Regulations for the medical services of the Army of India
Year: 1930
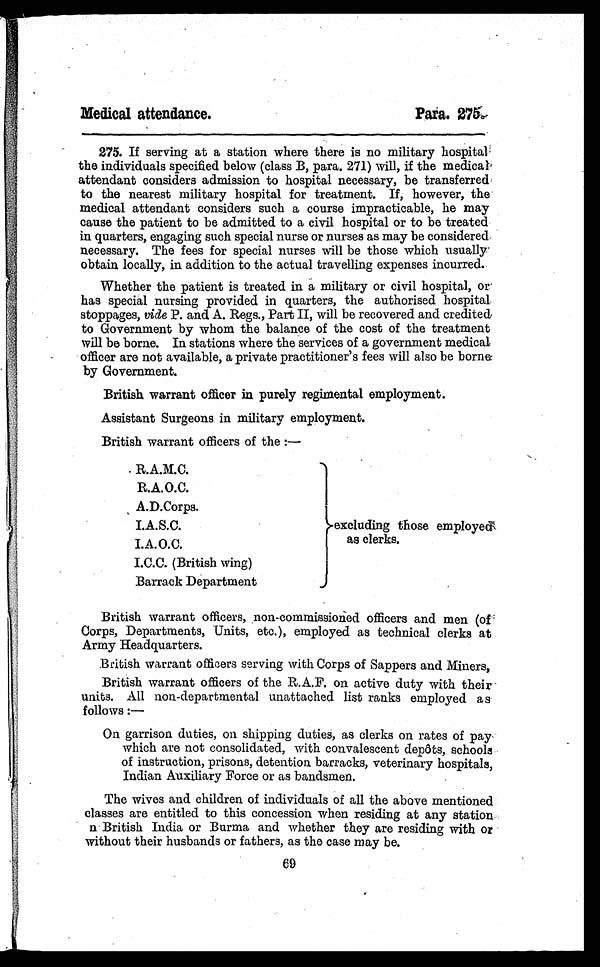
Medical attendance.
Para. 275.
275. If serving at a station where there is no military hospital
the individuals specified below (class B, para. 271) will, if the medical
attendant considers admission to hospital necessary, be transferred
to the nearest military hospital for treatment. If, however, the
medical attendant considers such a course impracticable, he may
cause the patient to be admitted to a civil hospital or to be treated
in quarters, engaging such special nurse or nurses as may be considered
necessary. The fees for special nurses will be those which usually
obtain locally, in addition to the actual travelling expenses incurred.
Whether the patient is treated in a military or civil hospital, or
has special nursing provided in quarters, the authorised hospital
stoppages, vide P. and A. Regs., Part II, will be recovered and credited
to Government by whom the balance of the cost of the treatment
will be borne. In stations where the services of a government medical
officer are not available, a private practitioner's fees will also be borne
by Government.
British warrant officer in purely regimental employment.
Assistant Surgeons in military employment.
British warrant officers of the :—
R.A.M.C.
excluding those employed
as clerks.
R.A.O.C.
A.D.Corps.
I.A.S.C.
I.A.O.C.
I.C.C. (British wing)
Barrack Department
British warrant officers, non-commissioned officers and men (of
Corps, Departments, Units, etc.), employed as technical clerks at
Army Headquarters.
British warrant officers serving with Corps of Sappers and Miners,
British warrant officers of the R.A.F. on active duty with their
units. All non-departmental unattached list ranks employed as
follows :
—
On garrison duties, on shipping duties, as clerks on rates of pay
which are not consolidated, with convalescent depôts, schools
of instruction, prisons, detention barracks, veterinary hospitals,
Indian Auxiliary Force or as bandsmen.
The wives and children of individuals of all the above mentioned
classes are entitled to this concession when residing at any station
n British India or Burma and whether they are residing with or
without their husbands or fathers, as the case may be.
69